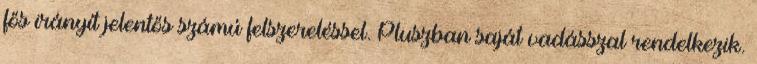
fős irányít jelentős számú felszereléssel. Pluszban saját vadásszal rendelkezik.